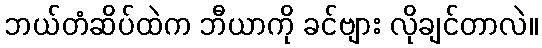
ဘယ်တံဆိပ်ထဲက ဘီယာကို ခင်ဗျား လိုချင်တာလဲ။